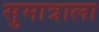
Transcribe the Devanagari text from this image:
सुमात्राला